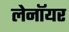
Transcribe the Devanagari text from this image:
लेनॉयर